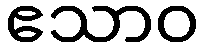
ဧသာဝ